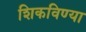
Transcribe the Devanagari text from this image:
शिकविण्या